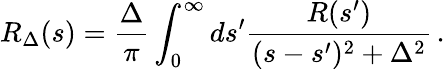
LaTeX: R_{\Delta}(s)=\frac{\Delta}{\pi}\int_{0}^{\infty}ds^{\prime}\frac{R(s^{\prime})}{(s-s^{\prime})^{2}+\Delta^{2}}\, .